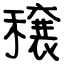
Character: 穣